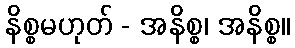
နိစ္စမဟုတ် - အနိစ္စ၊ အနိစ္စ။